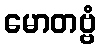
မောတဗ္ဗံ